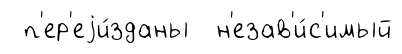
п'ер'еjи́зданы н'езав'и́с'имый